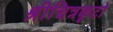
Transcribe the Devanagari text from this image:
श्रीचित्रकूटो